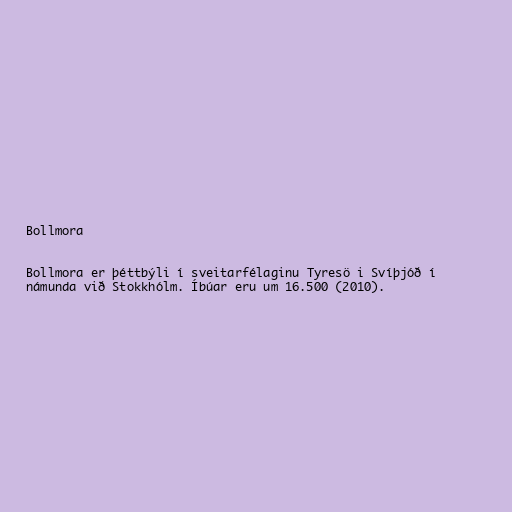
Bollmora

Bollmora er þéttbýli í sveitarfélaginu Tyresö i Svíþjóð í
námunda við Stokkhólm. Íbúar eru um 16.500 (2010).